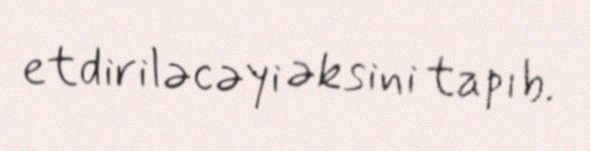
etdiriləcəyi əksini tapıb.